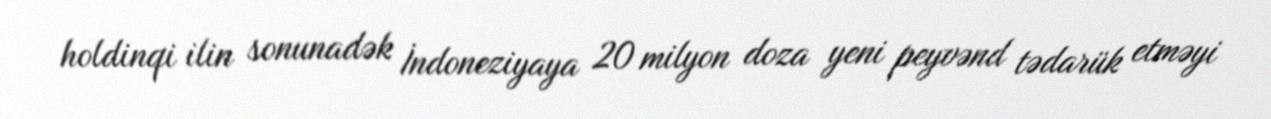
holdinqi ilin sonunadək İndoneziyaya 20 milyon doza yeni peyvənd tədarük etməyi